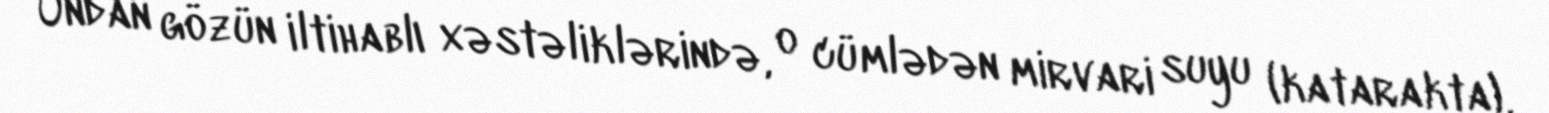
Ondan gözün iltihablı xəstəliklərində, o cümlədən mirvari suyu (katarakta),